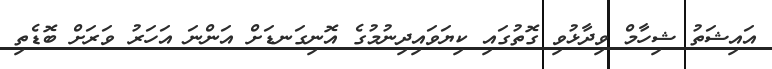
އައިޝަތު ޝިހާމް ވިދާޅުވި ގޮތުގައި ކިޔަވައިދިނުމުގެ އޮނިގަނޑަށް އަންނަ އަހަރު ވަރަށް ބޮޑެތި